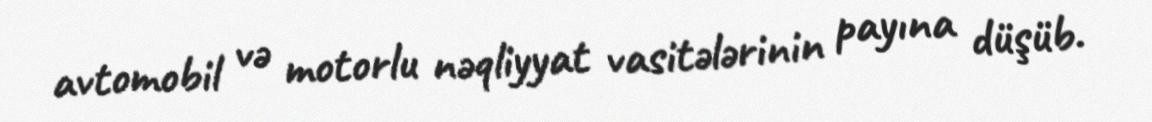
avtomobil və motorlu nəqliyyat vasitələrinin payına düşüb.